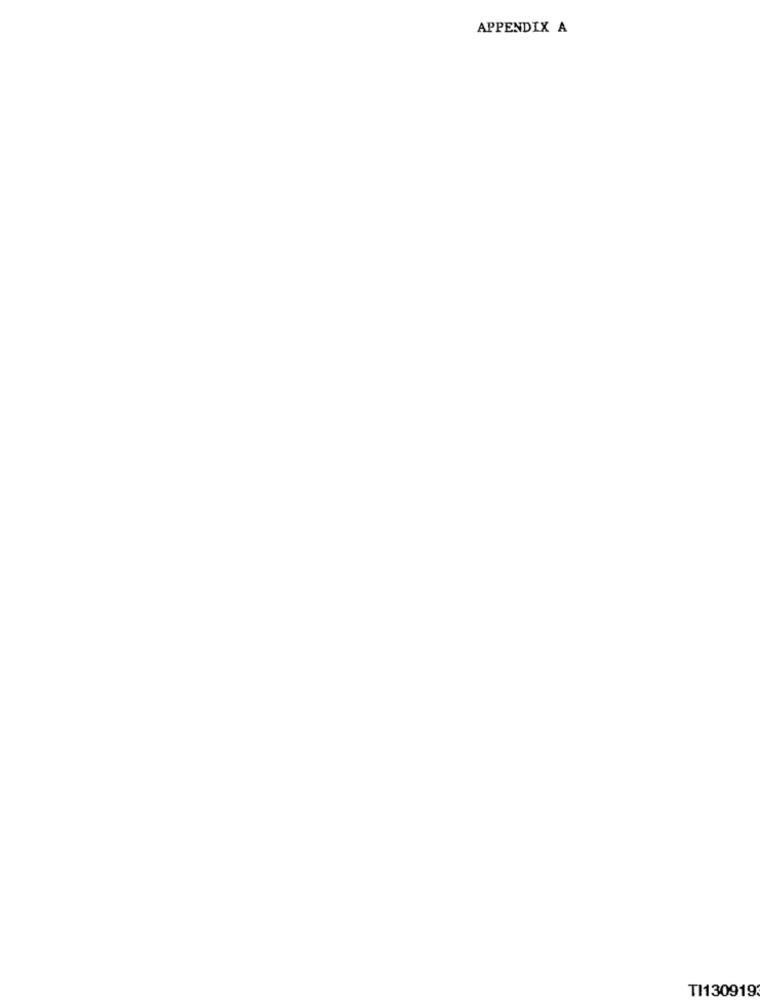
APPENDIX A
TI130919